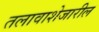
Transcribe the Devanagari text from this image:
तलावाशेजारील